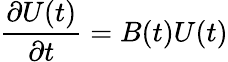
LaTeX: {\frac{\partial U(t)}{\partial t}}=B(t)U(t)